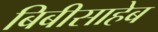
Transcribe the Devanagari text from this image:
बिबीसाहेब